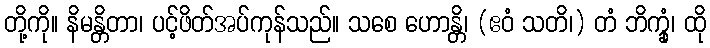
တို့ကို။ နိမန္တိတာ၊ ပင့်ဖိတ်အပ်ကုန်သည်။ သစေ ဟောန္တိ၊ (ဧဝံ သတိ၊) တံ ဘိက္ခုံ၊ ထို